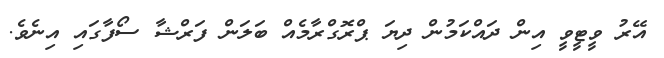
އޭރު ވީޓީވީ އިން ދައްކަމުން ދިޔަ ޕްރޮގްރާމެއް ބަލަން ފަރްޝާ ސޯފާގައި އިނެވެ.